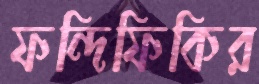
ফন্দিফিকির